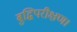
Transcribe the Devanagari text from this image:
बुद्धिपरीक्षण।